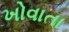
ખોવાતા